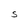
Character: S